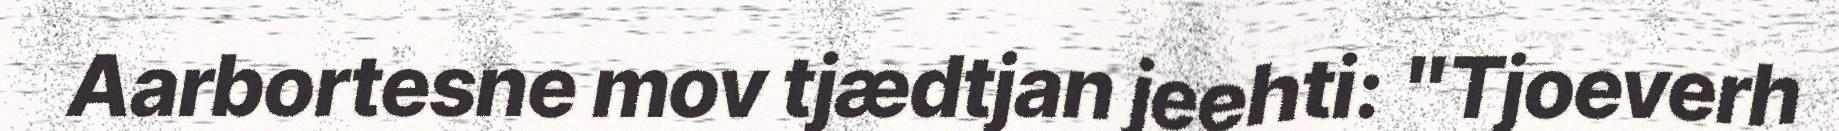
Aarbortesne mov tjædtjan jeehti: "Tjoeverh